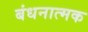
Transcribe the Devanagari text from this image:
बंधनात्मक